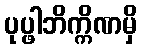
ပုပ္ဖါဘိက္ကိဏမှိ